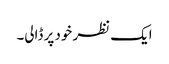
ایک نظر خود پر ڈالی۔